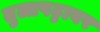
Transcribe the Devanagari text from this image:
तुलापट्टावर